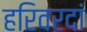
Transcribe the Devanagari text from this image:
हरिवरदां